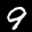
Label: 9